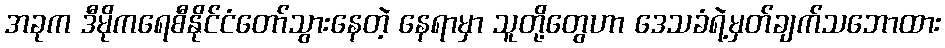
အခုက ဒီမိုကရေစီနိုင်ငံတော်သွားနေတဲ့ နေရာမှာ သူတို့တွေဟာ ဒေသခံရဲ့မှတ်ချက်သဘောထား